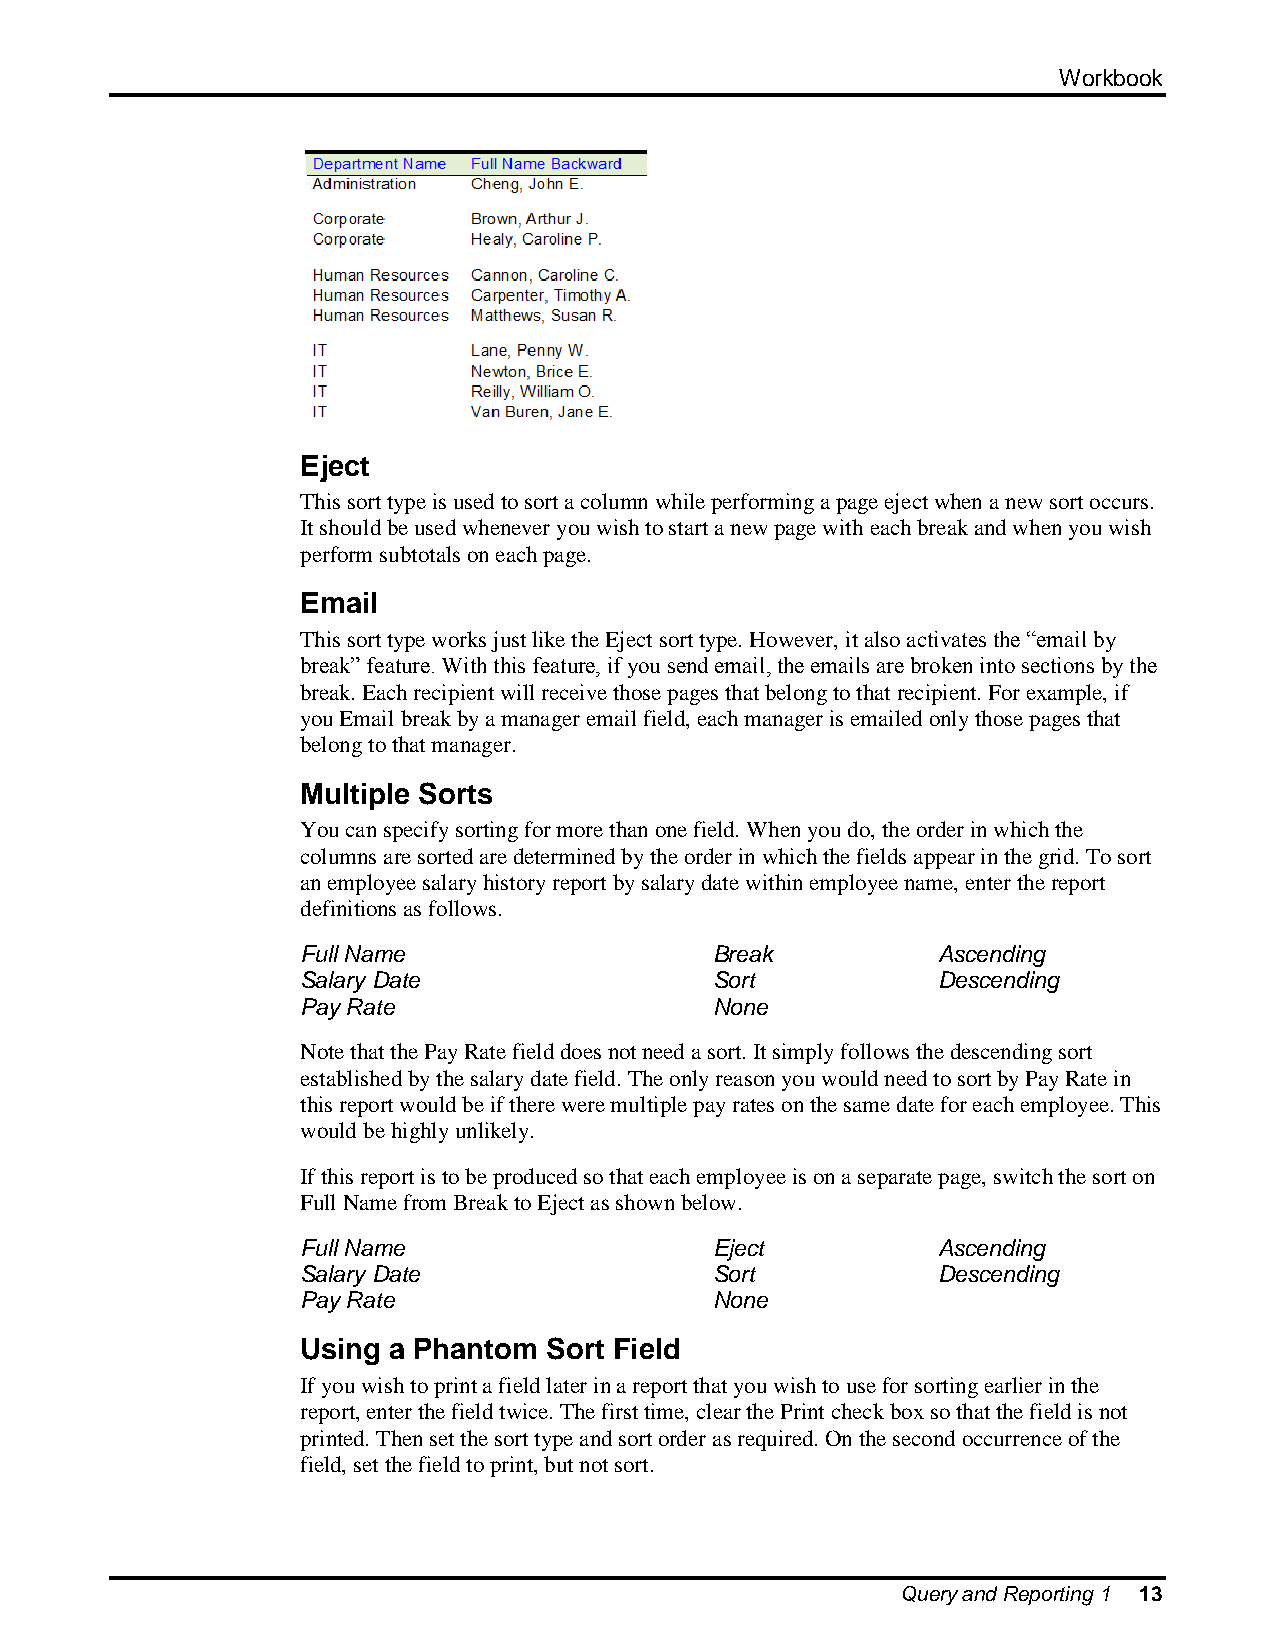
Workbook
 Eject
 This sort type is used to sort a column while performing a page eject when a new sort occurs.
 It should be used whenever you wish to start a new page with each break and when you wish
 perform subtotals on each page.
 Email
 This sort type works just like the Eject sort type. However, it also activates the “email by
 break” feature. With this feature, if you send email, the emails are broken into sections by the
 break. Each recipient will receive those pages that belong to that recipient. For example, if
 you Email break by a manager email field, each manager is emailed only those pages that
 belong to that manager.
 Multiple Sorts
 You can specify sorting for more than one field. When you do, the order in which the
 columns are sorted are determined by the order in which the fields appear in the grid. To sort
 an employee salary history report by salary date within employee name, enter the report
 definitions as follows.
 Full Name                  Break          Ascending
 Salary Date                Sort           Descending
 Pay Rate                   None
 Note that the Pay Rate field does not need a sort. It simply follows the descending sort
 established by the salary date field. The only reason you would need to sort by Pay Rate in
 this report would be if there were multiple pay rates on the same date for each employee. This
 would be highly unlikely.
 If this report is to be produced so that each employee is on a separate page, switch the sort on
 Full Name from Break to Eject as shown below.
 Full Name                  Eject          Ascending
 Salary Date                Sort           Descending
 Pay Rate                   None
 Using a Phantom Sort Field
 If you wish to print a field later in a report that you wish to use for sorting earlier in the
 report, enter the field twice. The first time, clear the Print check box so that the field is not
 printed. Then set the sort type and sort order as required. On the second occurrence of the
 field, set the field to print, but not sort.
 Query and Reporting 1 13